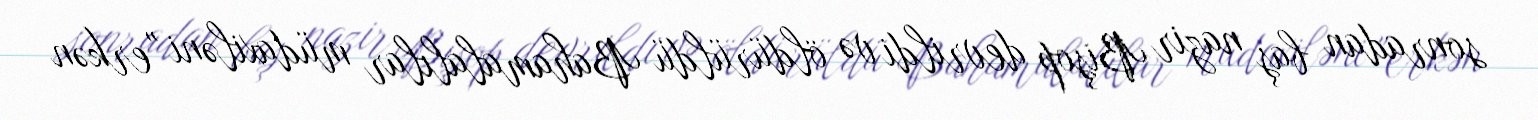
sonradan baş nazir Bişop devrildi və öldürüldü Bahamalalılar müdaxiləni "erkən